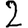
Digit: 2